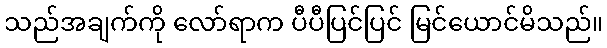
သည်အချက်ကို လော်ရာက ပီပီပြင်ပြင် မြင်ယောင်မိသည်။